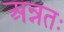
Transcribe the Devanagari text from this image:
अन्नतः